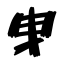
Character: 曳